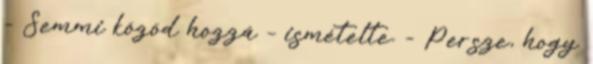
- Semmi közöd hozzá – ismételte. - Persze, hogy